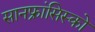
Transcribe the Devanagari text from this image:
सानफ्रांसिस्को